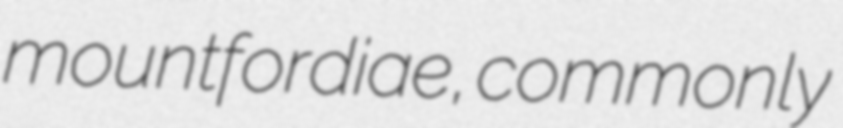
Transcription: mountfordiae, commonly